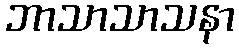
ဘာသာသာသနာ